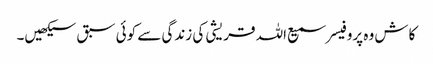
کاش وہ پروفیسر سمیع اللہ قریشی کی زندگی سے کوئی سبق سیکھیں۔